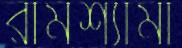
রামশ্যামা